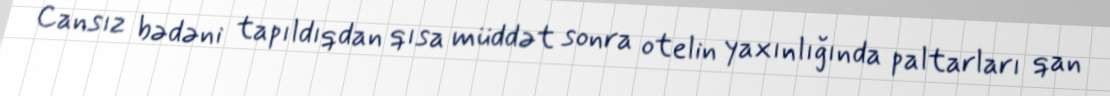
Cansız bədəni tapıldıqdan qısa müddət sonra otelin yaxınlığında paltarları qan